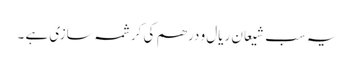
یہ سب شیعانِ ریال و درھم کی کرشمہ سازی ہے ۔